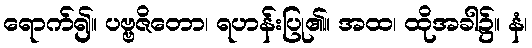
ရောက်၍။ ပဗ္ဗဇိတော၊ ရဟန်းပြု၏။ အထ၊ ထိုအခါ၌။ နံ၊